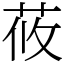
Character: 莜